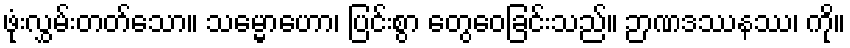
ဖုံးလွှမ်းတတ်သော။ သမ္မောဟော၊ ပြင်းစွာ တွေဝေခြင်းသည်။ ဉာဏဒဿနဿ၊ ကို။